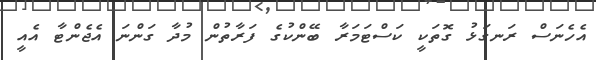
އެހެނަސް ރަނގަޅު ގޮތަކީ ކަސްޓަމަރާ ބޭންކުގެ ފަރާތުން މުދާ ގަންނަ އެޖެންޓާ އެއީ